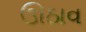
ઊઠાવ